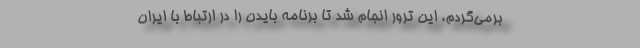
برمی‌گردم، این ترور انجام شد تا برنامه بایدن را در ارتباط با ایران